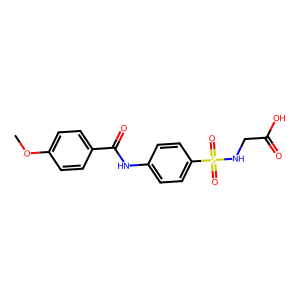
SMILES: COc1ccc(C(=O)Nc2ccc(S(=O)(=O)NCC(=O)O)cc2)cc1
Inhibits HIV replication: No